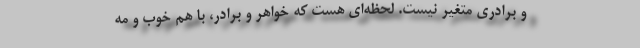
و برادری متغیر نیست. لحظه‌ای هست که خواهر و برادر، با هم خوب و مه